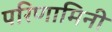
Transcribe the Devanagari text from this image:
परिणामिनी